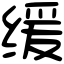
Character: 缓